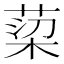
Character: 𮏿